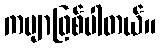
ကဗျာဖြစ်ပါတယ်။